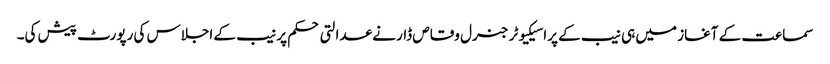
سماعت کے آغاز میں ہی نیب کے پراسیکیوٹر جنرل وقاص ڈار نے عدالتی حکم پر نیب کے اجلاس کی رپورٹ پیش کی۔